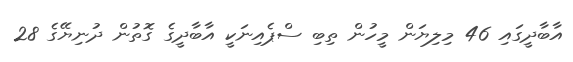
އާބާދީީގައި 46 މިލިޔަން މީހުން ތިބި ސްޕެއިނަކީ އާބާދީގެ ގޮތުން ދުނިޔޭގެ 28